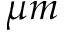
\mu m